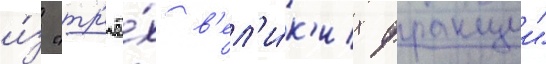
и́з "тр'ё́х в'ел'и́к'их фракции"